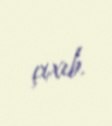
çıxıb.